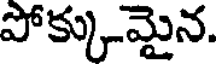
పోక్కుమైన.